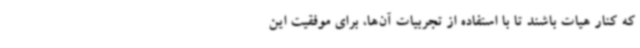
که کنار هیات باشند تا با استفاده از تجربیات آن‌ها، برای موفقیت این